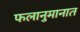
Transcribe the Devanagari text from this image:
फलानुमानात